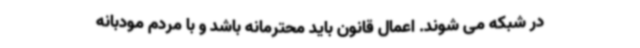
در شبکه می شوند. اعمال قانون باید محترمانه باشد و با مردم مودبانه